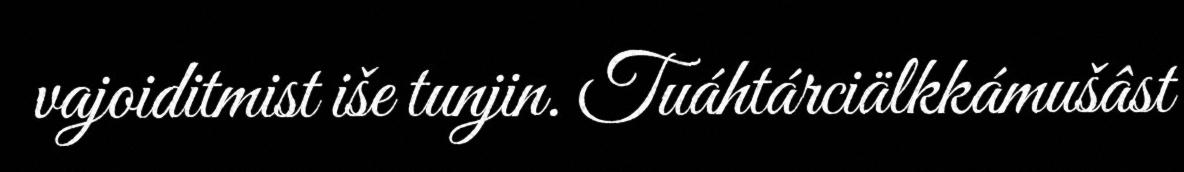
vajoiditmist iše tunjin. Tuáhtárciälkkámušâst